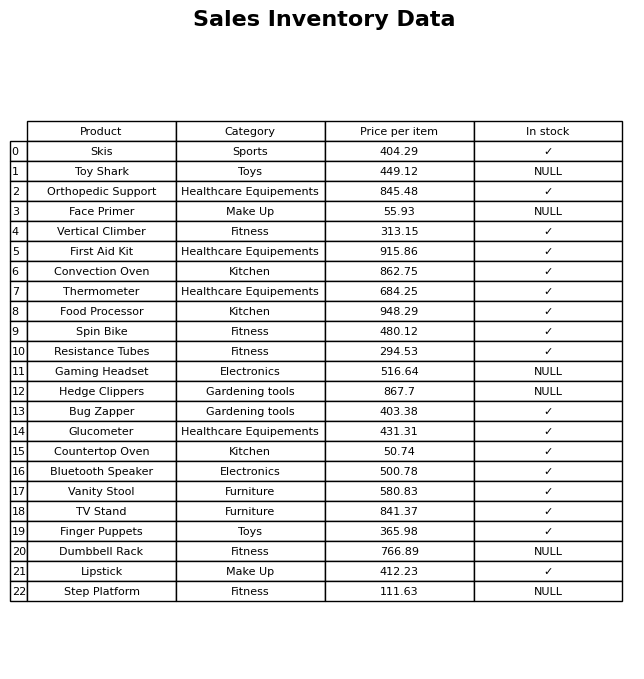
question: Which products are available in stock?
answer: Skis, Orthopedic Support, Vertical Climber, First Aid Kit, Convection Oven, Thermometer, Food Processor, Spin Bike, Resistance Tubes, Bug Zapper, Glucometer, Countertop Oven, Bluetooth Speaker, Vanity Stool, TV Stand, Finger Puppets, Lipstick